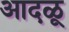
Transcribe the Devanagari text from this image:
आदळू